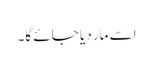
اسے مار دیا جائے گا۔